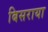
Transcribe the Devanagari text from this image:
बिसराया